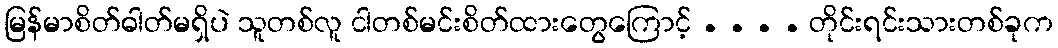
မြန်မာစိတ်ဓါတ်မရှိပဲ သူတစ်လူ ငါတစ်မင်းစိတ်ထားတွေကြောင့် . . . . တိုင်းရင်းသားတစ်ခုက